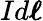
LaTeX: Id{\boldsymbol{\ell}}